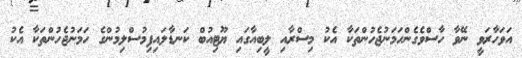
އަވަހާރަވީ ނޭވާ ހާސްވެގެންހަމަނުޖެހުންތަކާ އެކު މިސްރާއި ލީބިއާގައި ޔޫޓިއުބް ކަނޑާލައިފިމުސްލިމުންގެ ހަމަނުޖެހުންތަކާ އެކު